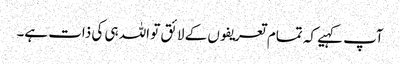
آپ کہیے کہ تمام تعریفوں کے لائق تو اللہ ہی کی ذات ہے۔